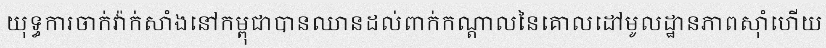
យុទ្ធការចាក់វ៉ាក់សាំងនៅកម្ពុជាបានឈានដល់ពាក់កណ្តាលនៃគោលដៅមូលដ្ឋានភាពស៊ាំហើយ